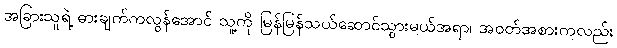
အခြားသူရဲ့ ဓားချက်ကလွန်အောင် သူ့ကို မြန်မြန်သယ်ဆောင်သွားမယ်အရာ၊ အဝတ်အစားကလည်း